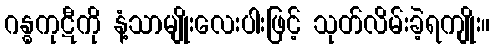
ဂန္ဓကုဋီကို နံ့သာမျိုးလေးပါးဖြင့် သုတ်လိမ်းခဲ့ရကျိုး။